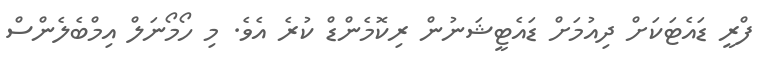
ފްރީ ޑައެޓަކަށް ދިއުމަށް ޑައެޓީޝަނުން ރިކޮމެންޑް ކުރެ އެވެ. މި ހޯމޯނަލް އިމްބެލެންސް